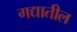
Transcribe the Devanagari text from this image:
गद्यातील